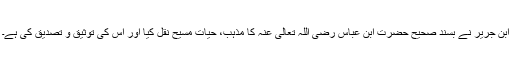
ابن جریر نے بسند صحیح حضرت ابن عباس رضی اللہ تعالی عنہ کا مذہب، حیات مسیح نقل کیا اور اس کی توثیق و تصدیق کی ہے۔